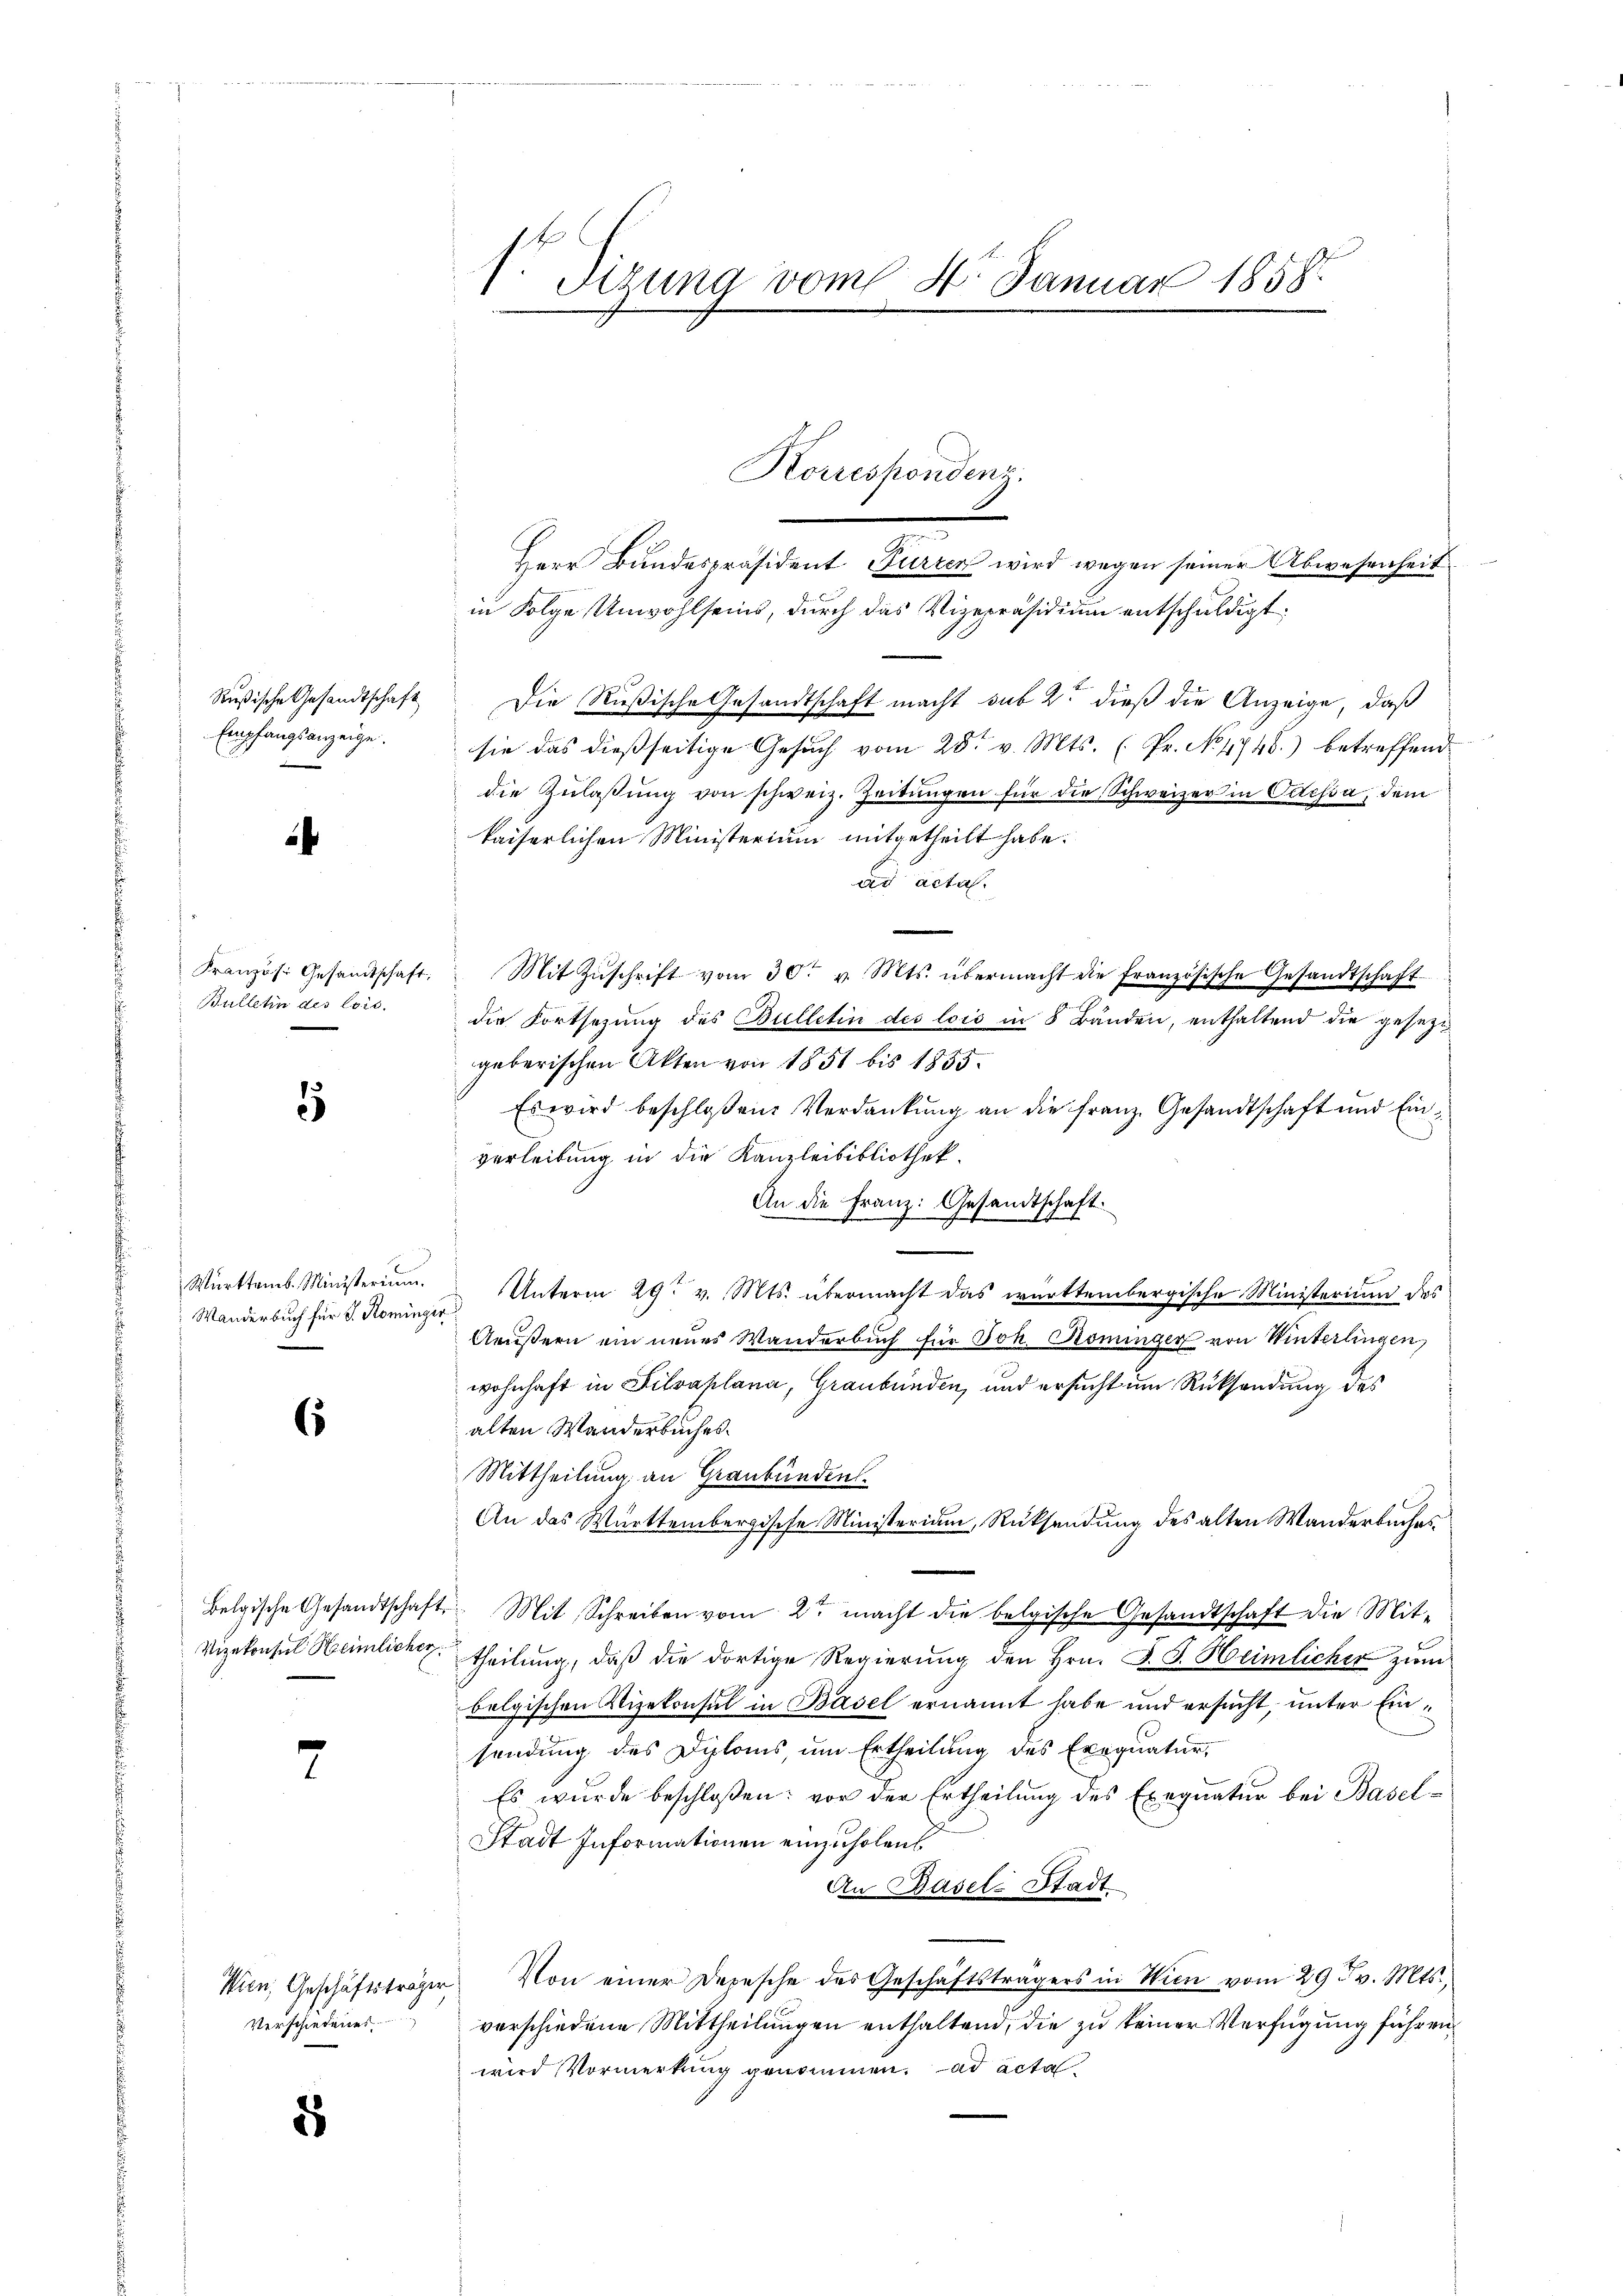
Rußische Gesandtschaft
Empfangsanzeige.

¬

Französ. Gesandtschaft.
Bulletin des lois.

1

Württemb. Ministerium.
Wanderbuch für J. Romingir

s

Belgische Gesandtschaft
Vizekonsul Heimlicher

2

Thien, Geschäftsträge
Verschiedenes

2

f. dirung vom 4. Januar 1858.

Herr Bundespräsident Furren wird wegen seiner Abwesenheit
in Folge Unwohlseins, durch das Vizepräsidium entschuldigt.
Die Rußische Gesandtschaft macht sub 2. dieß die Anzeige, daß
sie das dießseitige Gesuch vom 28t v. Mts. ( Pr. No 1748.) betreffend
die Zulassung von schweiz. Zeitungen für die Schweizer in Odessa, dem
kaiserlichen Ministerium mitgetheilt habe.
ad acta.
Mit Zŭschrift vom 30. v. Mts. übermacht die französische Gesandtschaft
die Fortsetzung des Bulletin des lois in 8 Bänden, enthaltend die gesezgeberischen Akten von 1851 bis 1855.
Es wird beschloßen: Verdankung an die Franz. Gesandtschaft und Einverleibung in die Kanzleibibliothek.
An die Franz: Gesandtschaft.
Unterm 29t v. Mts. übermacht das württembergische Ministerium des
Aeußern ein neues Wanderbuch für Joh. Koninger von Winterlingen
wohnhaft in Silvaplana, Graubünden, und ersucht um Rücksendung des
alten Wanderbuches.
Mittheilung an Graubünden.
An das Württembergische Ministerium, Rücksendung des alten Wanderbuches
2. Mit Schreiben vom 2ten macht die belgische Gesandtschaft die Mittheilung, daß die dortige Regierung den Hrn. J. J. Heimlicher zum
bolgischen Vizekonsul in Basel ernannt habe und ersucht, unter Einsendung des Diploms um Ertheilung des Exequatur,
Es wurde beschloßen: vor der Ertheilung des Exequatur bei Basel¬
Stadt Informationen einzuholen.
An Basel-Stadt
Von einer Depesche des Geschäftsträgers in Wien vom 29 t v. Mts.
verschiedene Mittheilungen enthaltend, die zu keiner Verfügung führen,
wird Vormerkung genommen. ad acta

Korrespondenz.